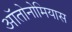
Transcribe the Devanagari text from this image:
ऑतोनोमियास